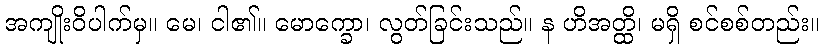
အကျိုးဝိပါက်မှ။ မေ၊ ငါ၏။ မောက္ခော၊ လွတ်ခြင်းသည်။ န ဟိအတ္ထိ၊ မရှိ စင်စစ်တည်း။